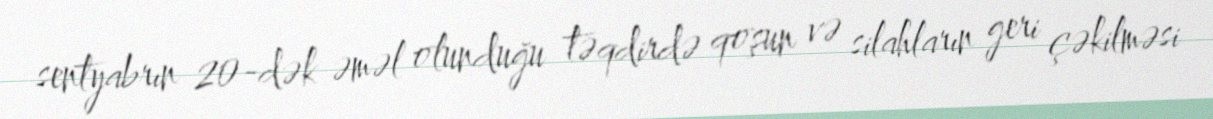
sentyabrın 20-dək əməl olunduğu təqdirdə qoşun və silahların geri çəkilməsi